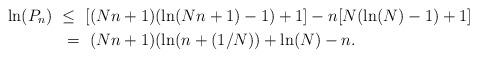
LaTeX: \begin{align*} \ln( P_n) \ \leq \ [(Nn+1)&(\ln(Nn + 1) - 1) + 1] - n[N(\ln(N) - 1) + 1] \\ = \ (Nn + 1)&(\ln(n + (1/N)) + \ln(N) - n. \end{align*}